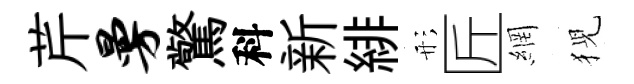
芹曼驚科新緋形匠網猊